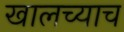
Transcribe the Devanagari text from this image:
खालच्याच